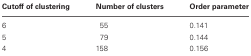
<table><thead><tr><td><b>Cutoff of clustering</b></td><td><b>Number of clusters</b></td><td><b>Order parameter</b></td></tr></thead><tbody><tr><td>6</td><td>55</td><td>0.141</td></tr><tr><td>5</td><td>79</td><td>0.144</td></tr><tr><td>4</td><td>158</td><td>0.156</td></tr></tbody></table>